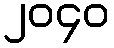
၂၀၄၀